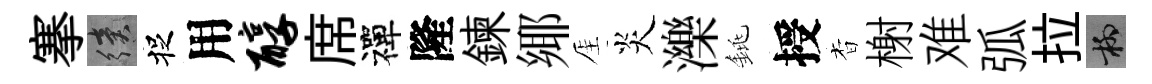
搴續捉用醇席禪隆鍊鄊厓炎濼銚授杳榭难弧拉柳